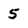
Character: 5